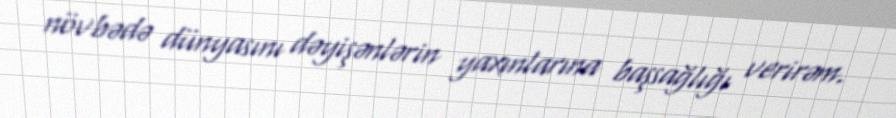
növbədə dünyasını dəyişənlərin yaxınlarına başsağlığı verirəm.